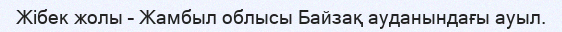
Жібек жолы – Жамбыл облысы Байзақ ауданындағы ауыл.